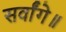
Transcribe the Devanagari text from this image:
सर्वांगे॥